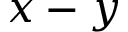
x - y